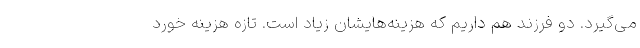
می‌گیرد. دو فرزند هم داریم که هزینه‌هایشان زیاد است. تازه هزینه خورد